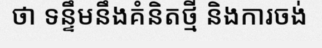
ថា ទន្ទឹមនឹងគំនិតថ្មី និងការចង់